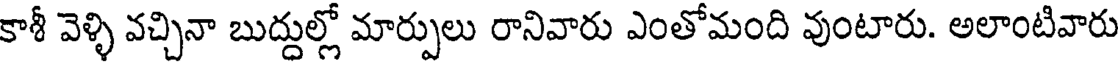
కాశీ వెళ్ళి వచ్చినా బుద్దుల్లో మార్పులు రానివారు ఎంతోమంది వుంటారు. అలాంటివారు